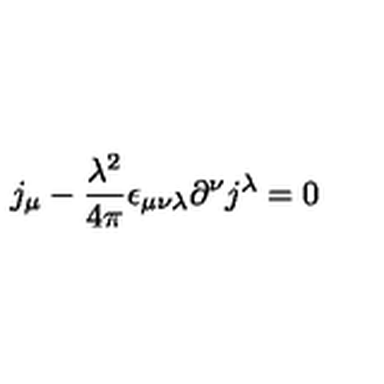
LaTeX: j _ { \mu } - \frac { \lambda ^ { 2 } } { 4 \pi } \epsilon _ { \mu \nu \lambda } \partial ^ { \nu } j ^ { \lambda } = 0